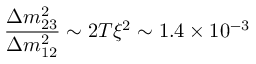
\frac { \Delta m _ { 2 3 } ^ { 2 } } { \Delta m _ { 1 2 } ^ { 2 } } \sim 2 T \xi ^ { 2 } \sim 1 . 4 \times 1 0 ^ { - 3 }